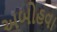
અબોહવા